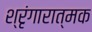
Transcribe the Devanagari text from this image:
श्रृंगारात्मक